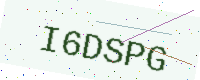
Text: I6DSPG